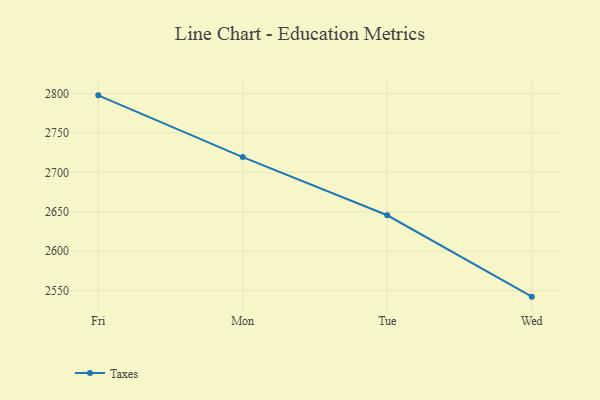
{"axis": {"x": "Day", "y": "Net Income (USD K)"}, "legend": ["Taxes"], "data": [{"x": "Fri", "y": 2797.8, "type": "Taxes"}, {"x": "Mon", "y": 2719.4, "type": "Taxes"}, {"x": "Tue", "y": 2645.6, "type": "Taxes"}, {"x": "Wed", "y": 2542.3, "type": "Taxes"}]}